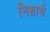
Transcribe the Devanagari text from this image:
निशार्थ